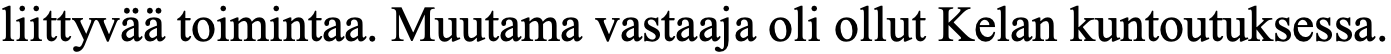
liittyvää toimintaa. Muutama vastaaja oli ollut Kelan kuntoutuksessa.